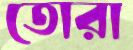
তোরা